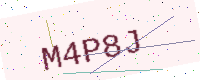
Text: M4P8J